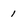
Character: 1